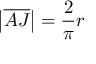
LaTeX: \left| { \overline { { A J } } } \right| = { \frac { 2 } { \pi } } r